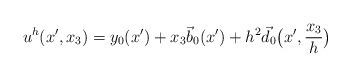
LaTeX: \begin{align*}u^h(x', x_3)= y_0(x') + x_3\vec b_0(x') + \displaystyle{h^2\vec d_0\big(x',\frac{x_3}{h}\big) } \end{align*}